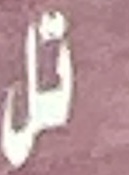
تل